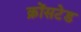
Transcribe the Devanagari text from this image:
क्रोंसटेड